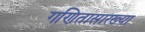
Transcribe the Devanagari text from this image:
गणितासारख्या